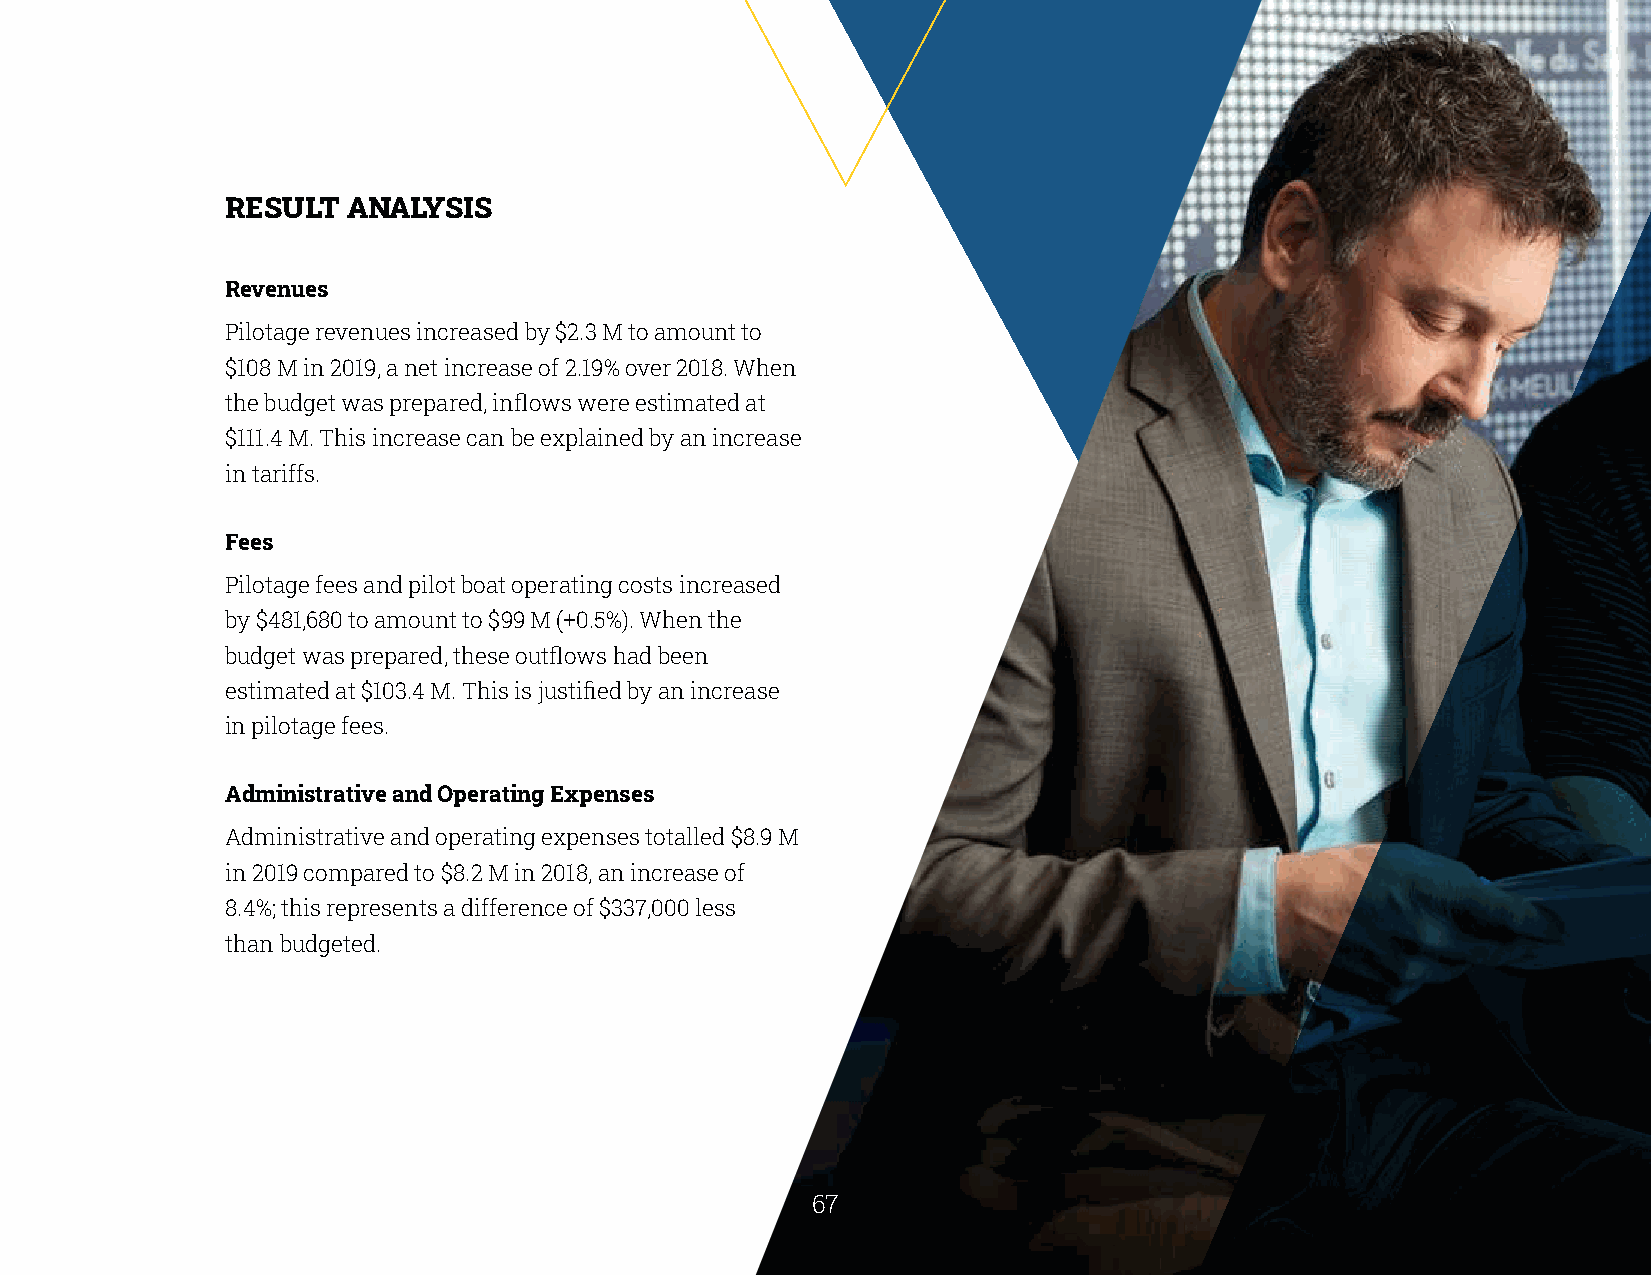
RESULT  ANALYSIS
 Revenues
 Pilotage revenues increased by $2.3 M to amount to
 $108 M in 2019, a net increase of 2.19% over 2018. When
 the budget was prepared, inflows were estimated at
 $111.4 M. This increase can be explained by an increase
 in tariffs.
 Fees
 Pilotage fees and pilot boat operating costs increased
 by $481,680 to amount to $99 M (+0.5%). When the
 budget was prepared, these outflows had been
 estimated at $103.4 M. This is justified by an increase
 in pilotage fees.
 Administrative and Operating Expenses
 Administrative and operating expenses totalled $8.9 M
 in 2019 compared to $8.2 M in 2018, an increase of
 8.4%; this represents a difference of $337,000 less
 than budgeted.
 66                                                    67